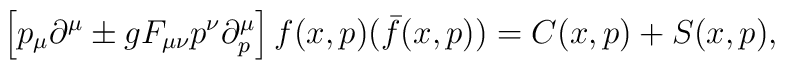
\left[ p_{\mu} \partial^\mu \pm g F_{\mu\nu} p^\nu \partial^\mu_p\right]  f(x,p) (\bar{f}(x, p))=C(x,p)+S(x,p),